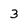
Character: 3